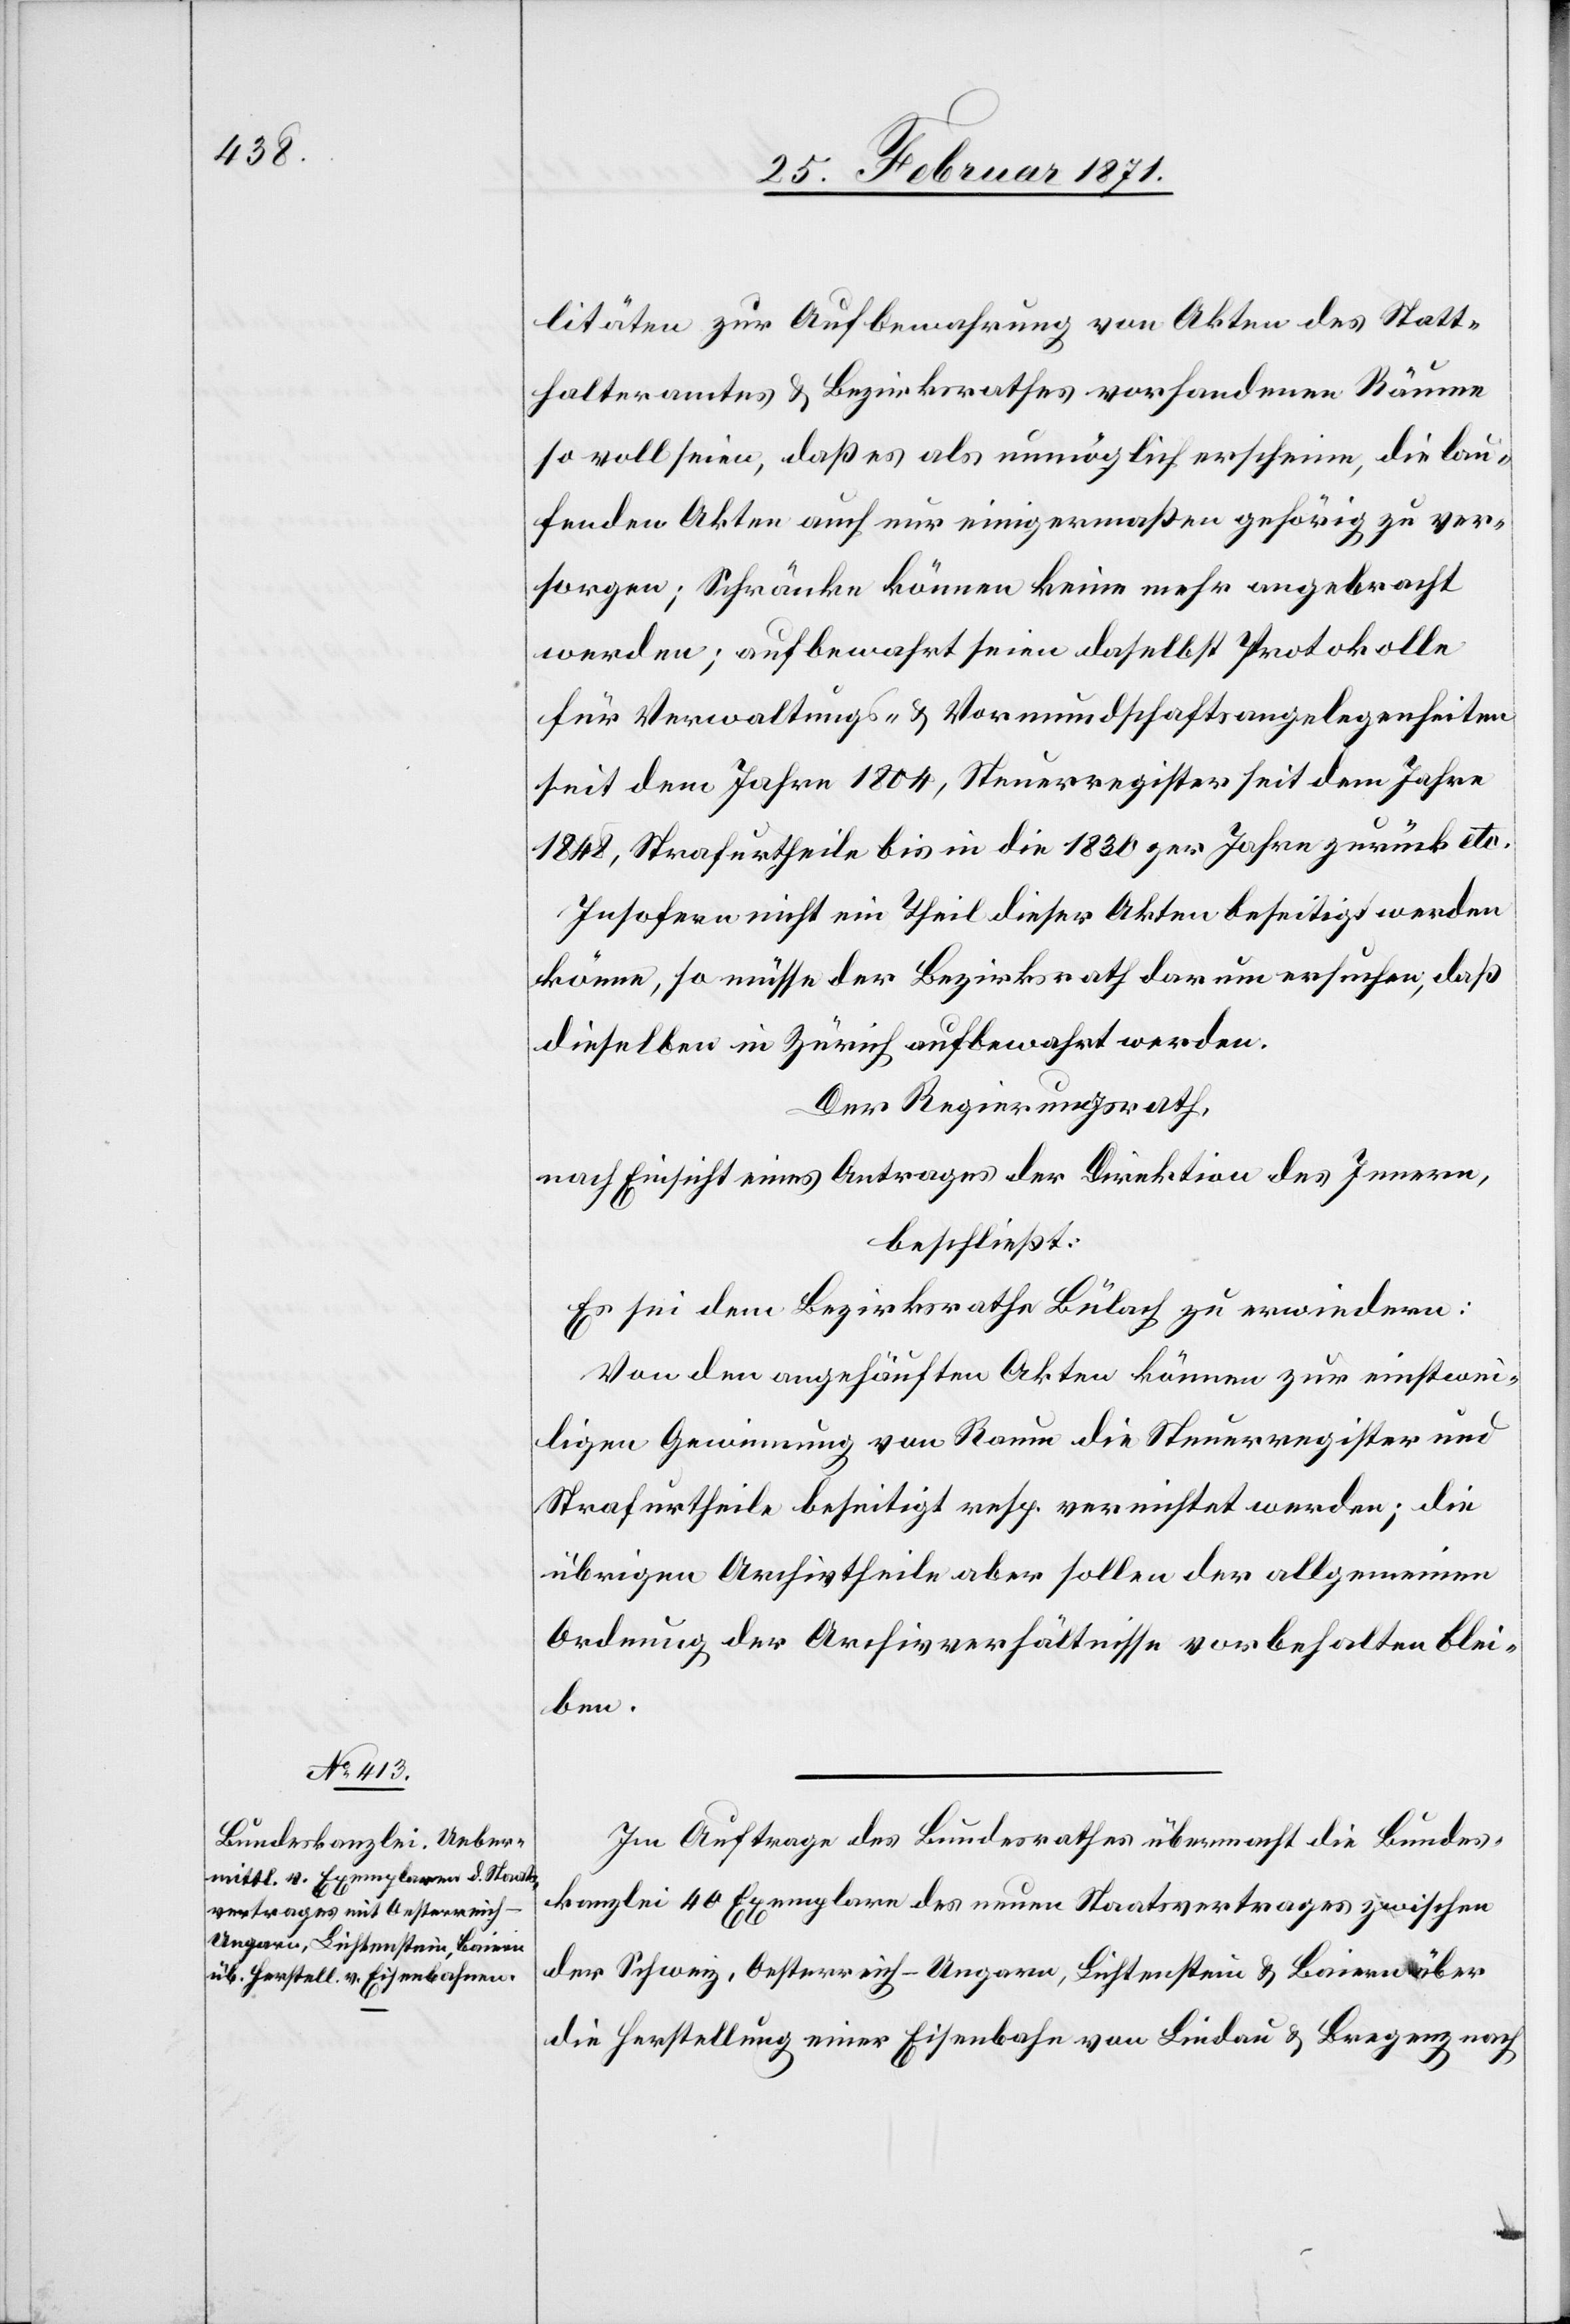
litäten zur Aufbewahrung von Akten des Statt¬
halteramtes u. Bezirksrathes vorhandenen Räume
so voll seien, daß es als unmöglich erscheine, die lau¬
fenden Akten auch nur einigermaßen gehörig zu ver¬
sorgen; Schränke können keine mehr angebracht
werden; aufbewahrt seien daselbst Protokolle
für Verwaltungs- u. Vormundschaftsangelegenheiten
seit dem Jahre 1804, Steuerregister seit dem Jahre
1848, Strafurtheile bis in die 1830ger Jahre zurück etc.
Insofern nicht ein Theil dieser Akten beseitigt werden
könne, so müsse der Bezirksrath darum ersuchen, daß
dieselben in Zürich aufbewahrt werden.
Der Regierungsrath,
nach Einsicht eines Antrages der Direktion des Innern,
beschließt:
Es sei dem Bezirksrathe Bülach zu erwiedern:
Von den angehäuften Akten können zur einstwei¬
ligen Gewinnung von Raum die Steuerregister und
Strafurtheile beseitigt resp. vernichtet werden; die
übrigen Archivtheile aber sollen der allgemeinen
Ordnung der Archivverhältnisse vorbehalten blei¬
ben.
Im Auftrage des Bundesrathes übermacht die Bundes¬
kanzlei 40 Exemplare des neuen Staatsvertrages zwischen
der Schweiz, Oesterreich-Ungarn, Lichtenstein u. Baiern über
die Herstellung einer Eisenbahn von Lindau u. Bregenz nach